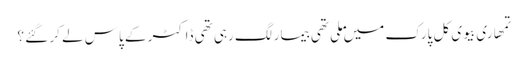
تمھاری بیوی کل پارک میں ملی تھی بیمار لگ رہی تھی ڈاکٹر کے پاس لے کر گئے ؟